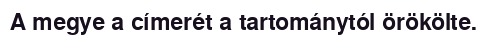
A megye a címerét a tartománytól örökölte.